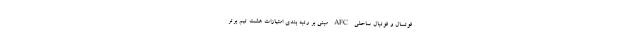
فوتسال و فوتبال ساحلی AFC مبنی بر رتبه بندی امتیازات هشت تیم برتر